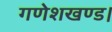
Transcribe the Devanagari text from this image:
गणेशखण्ड।